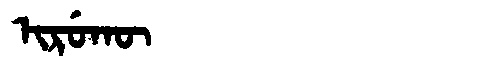
Manchu: ᡳᡵᡠᡴᡡ
Romanization: IRUKŪ